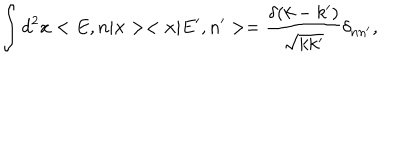
\int { d } ^ { 2 } x < E , n | { \bf x } > < { \bf x } | E ^ { \prime } , n ^ { \prime } > = \frac { \delta ( k - k ^ { \prime } ) } { \sqrt { k k ^ { \prime } } } { \delta } _ { n n ^ { \prime } } ,